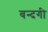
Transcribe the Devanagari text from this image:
बन्दगी